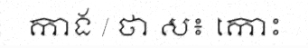
កាង / ថា ស៖ កោះ